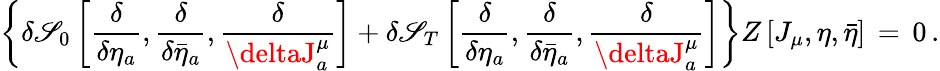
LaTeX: \left\{ \delta\mathscr{S}_{0}\left[{\frac{{\delta}}{{\delta\eta_{a}}}},{\frac{{\delta}}{{\delta\bar{{\eta}}_{a}}}},{\frac{{\delta}}{{\deltaJ_{a}^{\mu}}}}\right]+\delta\mathscr{S}_{T}\left[{\frac{{\delta}}{{\delta\eta_{a}}}},{\frac{{\delta}}{{\delta\bar{{\eta}}_{a}}}},{\frac{{\delta}}{{\deltaJ_{a}^{\mu}}}}\right]\right\} Z\left[J_{\mu},\eta,\bar{{\eta}}\right]\, =\, 0\, .